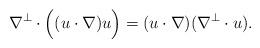
LaTeX: \begin{align*}\nabla^{\perp} \cdot \Bigl( (u \cdot \nabla) u \Bigr) = (u\cdot \nabla )( \nabla^{\perp} \cdot u).\end{align*}